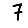
Digit: 7